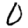
Digit: 0